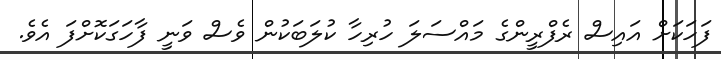
ފަހަކަށް އައިސް ރެފްރީންގެ މައްސަލަ ހުރިހާ ކުލަބަކުން ވެސް ވަނީ ފާހަގަކޮށްފަ އެވެ.